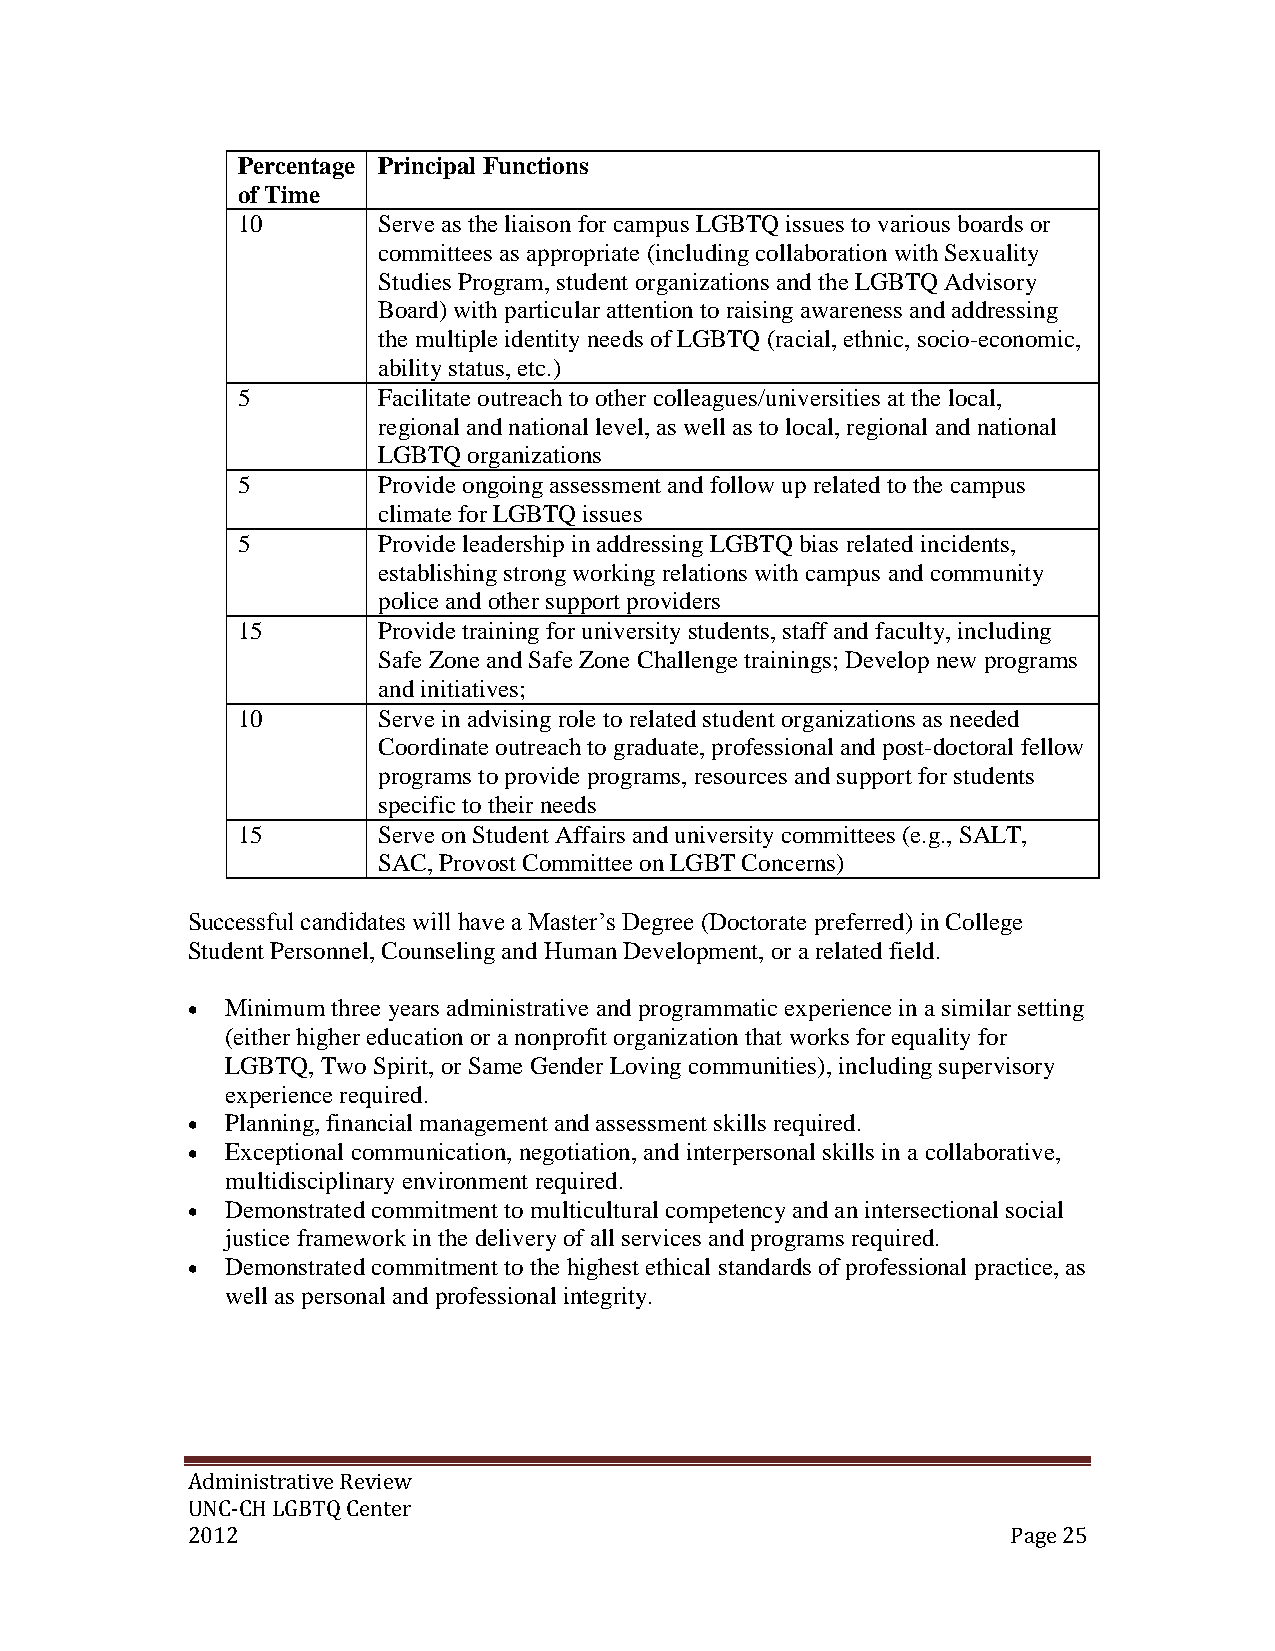
Percentage Principal Functions
 of Time
 10       Serve as the liaison for campus LGBTQ issues to various boards or
 committees as appropriate (including collaboration with Sexuality
 Studies Program, student organizations and the LGBTQ Advisory
 Board) with particular attention to raising awareness and addressing
 the multiple identity needs of LGBTQ (racial, ethnic, socio-economic,
 ability status, etc.)
 5        Facilitate outreach to other colleagues/universities at the local,
 regional and national level, as well as to local, regional and national
 LGBTQ organizations
 5        Provide ongoing assessment and follow up related to the campus
 climate for LGBTQ issues
 5        Provide leadership in addressing LGBTQ bias related incidents,
 establishing strong working relations with campus and community
 police and other support providers
 15       Provide training for university students, staff and faculty, including
 Safe Zone and Safe Zone Challenge trainings; Develop new programs
 and initiatives;
 10       Serve in advising role to related student organizations as needed
 Coordinate outreach to graduate, professional and post-doctoral fellow
 programs to provide programs, resources and support for students
 specific to their needs
 15       Serve on Student Affairs and university committees (e.g., SALT,
 SAC, Provost Committee on LGBT Concerns)
 Successful candidates will have a Master’s Degree (Doctorate preferred) in College
 Student Personnel, Counseling and Human Development, or a related field.
   Minimum three years administrative and programmatic experience in a similar setting
 (either higher education or a nonprofit organization that works for equality for
 LGBTQ, Two Spirit, or Same Gender Loving communities), including supervisory
 experience required.
   Planning, financial management and assessment skills required.
   Exceptional communication, negotiation, and interpersonal skills in a collaborative,
 multidisciplinary environment required.
   Demonstrated commitment to multicultural competency and an intersectional social
 justice framework in the delivery of all services and programs required.
   Demonstrated commitment to the highest ethical standards of professional practice, as
 well as personal and professional integrity.
 Administrative Review
 UNC-CH LGBTQ Center
 2012                                                   Page 25